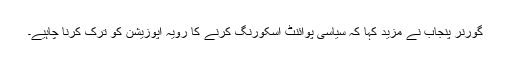
گورنر پنجاب نے مزید کہا کہ سیاسی پوائنٹ اسکورنگ کرنے کا رویہ اپوزیشن کو ترک کرنا چاہیے۔